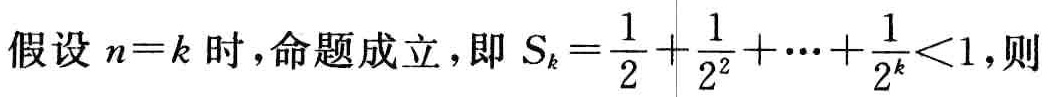
假设 \(n = k\) 时，命题成立，即 \(S_{k}=\frac{1}{2}+\frac{1}{2^{2}}+\cdots+\frac{1}{2^{k}}<1\)，则